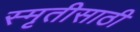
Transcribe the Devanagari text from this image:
स्मृतीसाठी